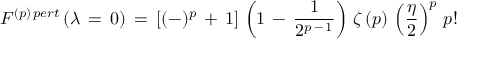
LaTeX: F ^ { ( p ) \, p e r t } \, ( \lambda \, = \, 0 ) \, = \, [ ( - ) ^ { p } \, + \, 1 ] \, \left( 1 \, - \, \frac { 1 } { 2 ^ { p \, - \, 1 } } \right) \, \zeta \, ( p ) \, \left( \frac { \eta } { 2 } \right) ^ { p } \, p !